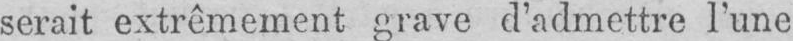
serait extrêmement grave d’admettre l’une